King Institute of Preventive Medicine Bacteriolog. Section reports 1907-08
Year: 1907
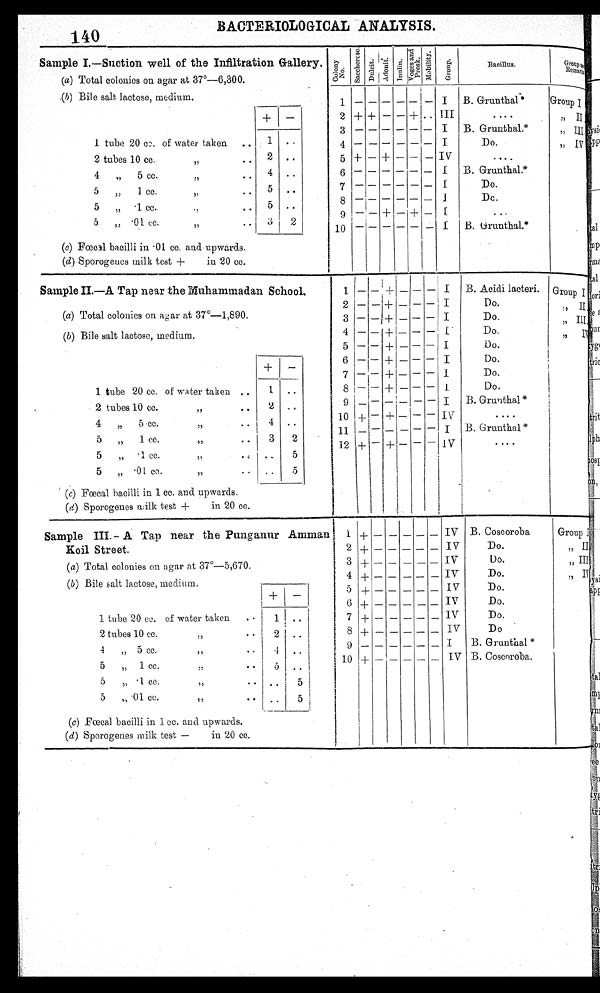
140 BACTERIOLOGICAL ANALYSIS.
Sample I.—Suction well of the Infiltration Gallery .
(a) Total colonies on agar at 37°-6,300.
Colony
no.
s a c c h e
r o s e .
D u l c i t . Adoni t . I u n l i n .
V o g e s
of
P r o s k .
Mobi l i t y.
Gor up.
Bacillus.
Group a
Remark
1
2
3
—
+ + — —
I
III
B. Grunthal*
Group I
II
3
4 5 6 7 8 9 10
3
4
7
8
+
—
—
—
—
—
+
—
+
—
—
—
—
—
+
—
—
—
—
1
I
IV
I
I
I
I
I
B. Grunthal.*
Do.
B. Grunthal.*
Do.
Do.
B.Grunthal.*
,, III
„ IV
1 tube 20 cc . of water taken
2 tubes 10 cc.
4
„
5 cc.
5 „ 1 cc.
,,
5
.1 cc.
5 „ .01cc
1
2
4
5
5
(c) Fœcal bacilli in .01 cc. and upwards.
(d) Sporogeucs milk test +
in 20 cc.
Sample II.—A Tap near the Muhammadan School,
1
2
(a) Total colonies on agar at 37º -1,890.3
—
—
—
—1+
— +
+1 —
—
—
—
—
—
—
—
_
I
I
I
B. Acidi laeteri.
Do.
Do.
Group I
II
III
(b) Bile salt lactose, medium.
4
5 6
7
—
—
—
—
—
—
—
+
+
+
+—
—
—
—
—
— —
—
—
—
—
—
I
I
I
I
Do.
Do.
Do.
Do.
,, I
+ —
1 tube 20 cc. of water taken ..
2 tubes 10 cc.
. .
, ,
4
.5 cc.
..
,,
5
1 cc.
55
. .
5 „ .1 cc.
,,
1
2
4
3
..
..
2
5
8
9
10
1 1
12
—
—
_
+
+—
—
—
—
—
+
_
+
_
+ —
—
-
—
—
—
—
—
—
—
—
—
—
—
I
I
IV
I
IV
Do.
B. Grunthal
*
B. Grunthal*
5 „
. 0 1
c c .
, ,
. . ..
5
(a) Fœcal bacilli in 1 cc. and upwards.
(d) Sporogeucs milk test +
in 20 cc.
Sample III.- A Tap near the Punganur Amman
Koil Street.
1 +
I 2 I+
IV
IV
B. Coscoroba
Do.
Group 1
„ II
(a) Total colonies on agar at 37°-5,67 0.
(b) Bile salt lactose, medium,
1 tube 20 ee. of water taken. . .
3
4
5
6
+
+
+ +
IV
IV
IV
IV
IV
Do.
Do.
Do.
Do.
Do.
„ III
„ IV
_
1 ..
2 tubes 10 cc.
,,
4 „ 5 cc.
,,
5 „ 1 cc.
,,
. .
5
10
8+
9
+
IV
I
IV
Do
B. Grunthal*
B. Coscoroba.
,,
,,
. .
5
I
5 „ .01 cc. , ,
. . ..
5
(c) Fœcal bacilli in 1 cc. and upwards.
(d) Sporogenes milk test —
in 20 cc.